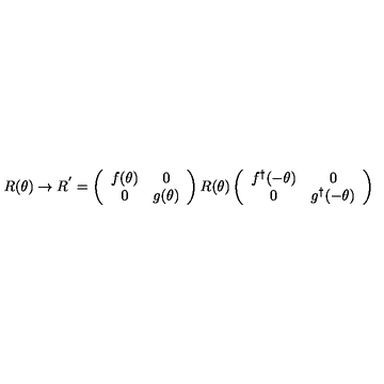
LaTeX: R ( \theta ) \rightarrow R ^ { ' } = \left( \begin{array} { c c } { f ( \theta ) } & { 0 } \\ { 0 } & { g ( \theta ) } \\ \end{array} \right) R ( \theta ) \left( \begin{array} { c c } { f ^ { \dagger } ( - \theta ) } & { 0 } \\ { 0 } & { g ^ { \dagger } ( - \theta ) } \\ \end{array} \right)